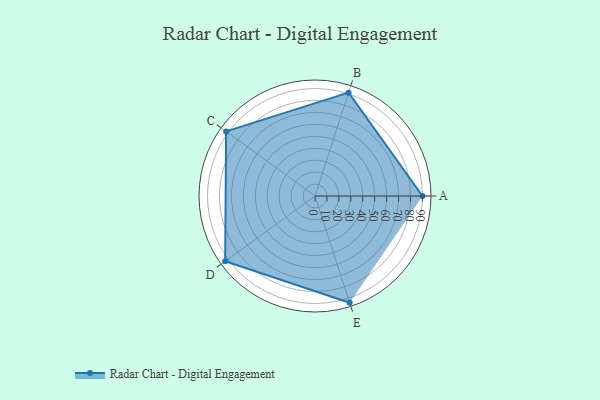
{"axis": {"x": "Skill", "y": "Score"}, "legend": ["Profile"], "data": [{"x": "A", "y": 90.0, "type": "Profile"}, {"x": "B", "y": 91.0, "type": "Profile"}, {"x": "C", "y": 92.0, "type": "Profile"}, {"x": "D", "y": 93.0, "type": "Profile"}, {"x": "E", "y": 94.0, "type": "Profile"}]}